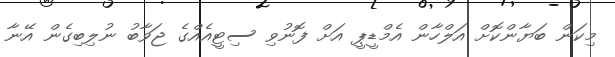
މިކަން ބަޔާންކޮށް އަލްހާން އެމްޑީޕީ އަށް ފޮނުވި ސިޓީއެއްގެ ޖަވާބު ނުލިބިގެން އޭނާ